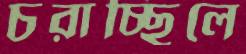
চরাচ্ছিলে